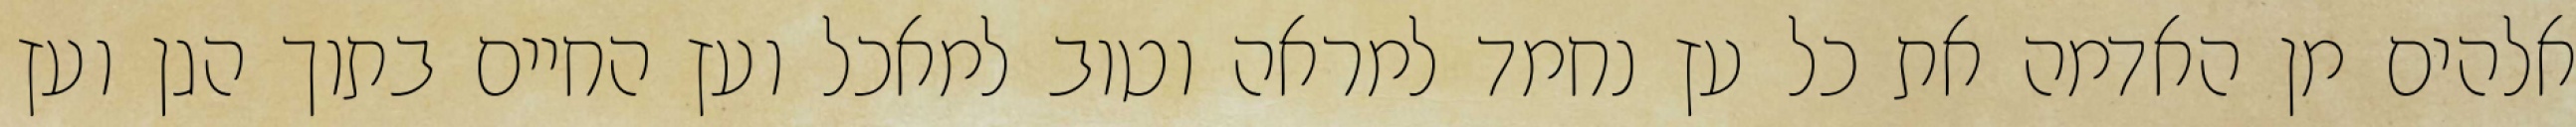
אלהים מן האדמה את כל עץ נחמד למראה וטוב למאכל ועץ החיים בתוך הגן ועץ